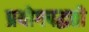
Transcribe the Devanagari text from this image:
प्रयोगपद्धती